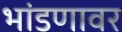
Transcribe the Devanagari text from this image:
भांडणावर